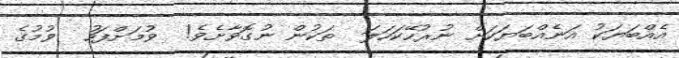
އެއްބަޔަކު އަނެއްބަޔަކަށް ނުރުހޭކަހަލަ  ތަކުން ނުގޮވާށެވެ!  ވުމަށްފަހު  ވުމުގެ